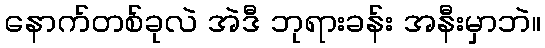
နောက်တစ်ခုလဲ အဲဒီ ဘုရားခန်း အနီးမှာဘဲ။